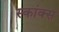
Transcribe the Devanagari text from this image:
स्कांक्स